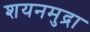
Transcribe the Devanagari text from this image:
शयनमुद्रा